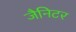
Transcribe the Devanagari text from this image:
जैनिटर